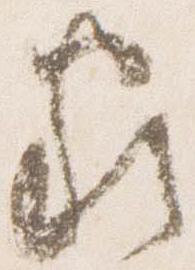
家